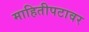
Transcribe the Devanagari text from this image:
माहितीपटावर